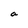
Character: a